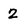
Character: 2